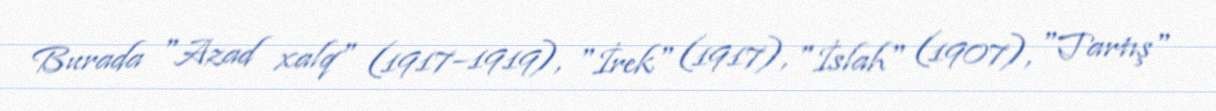
Burada "Azad xalq" (1917–1919), "İrek" (1917), "İslah" (1907), "Tartış"